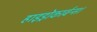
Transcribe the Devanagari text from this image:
हाइड्रोकार्बन्स।